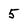
Character: 5